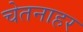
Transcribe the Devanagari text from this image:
चेतनाहर